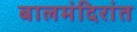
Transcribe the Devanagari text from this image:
बालमंदिरांत